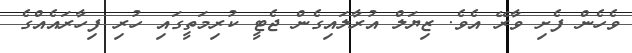
ވެހެން ފެށި ވާރޭ އެވެ. ޒިޔަލް އުރާލައިގެން ޖެޓީ ކުރިމަތީގައި ހުރި ފިހާރައެއްގެ